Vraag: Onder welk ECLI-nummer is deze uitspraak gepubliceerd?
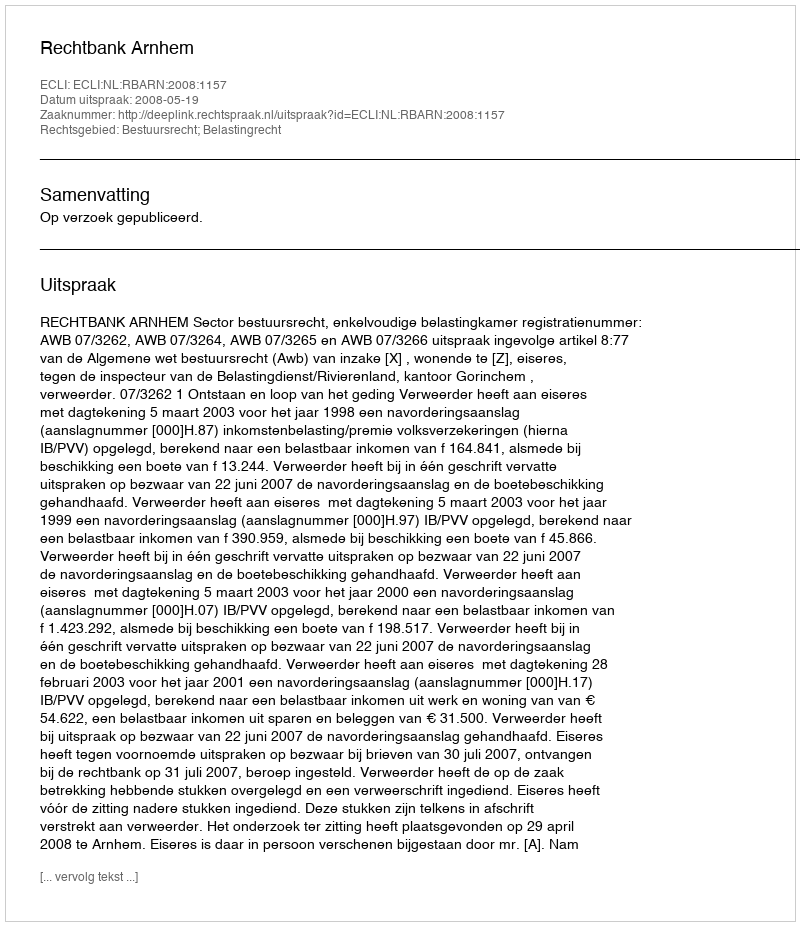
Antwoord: ECLI:NL:RBARN:2008:1157